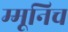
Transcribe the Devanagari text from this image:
म्मूनिच